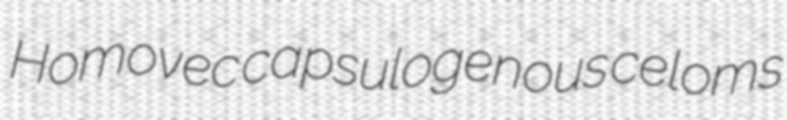
Homovec capsulogenous celoms